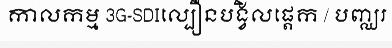
កាលកម្ម 3G-SDIល្បឿនបង្វិលផ្តេក / បញ្ឈរ